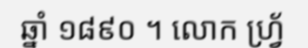
ឆ្នាំ ១៨៩០ ។ លោក ហ្វ្រ័